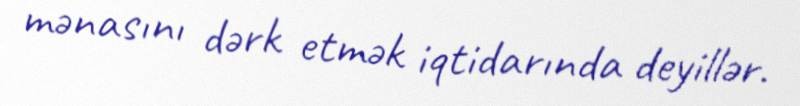
mənasını dərk etmək iqtidarında deyillər.